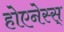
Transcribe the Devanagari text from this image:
होएनेस्स्